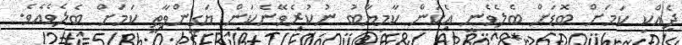
ދެއްކި ކަމަށް ބޮޑަށް ބެލެވެނީ އެކަން ކާމިޔާބު ނުކުރެވޭނެކަން ޔަގީންވާތީ ކަމަށް ބެލެވެއެވެ.